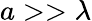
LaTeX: a>>\lambda